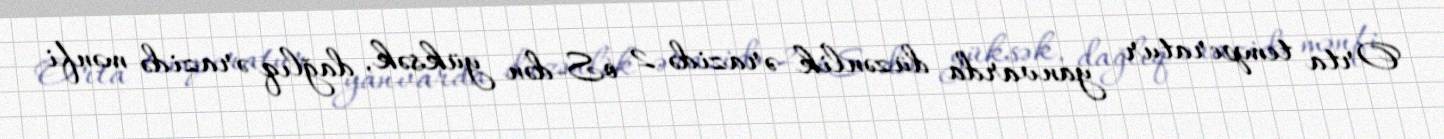
Orta temperatur yanvarda düzənlik ərazidə 2 oS-dən yüksək, dağlıq ərazidə mənfi